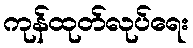
ကုန်ထုတ်လုပ်ရေး